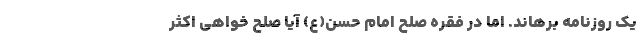
یک روزنامه برهاند. اما در فقره صلح امام حسن(ع) آیا صلح خواهی اکثر